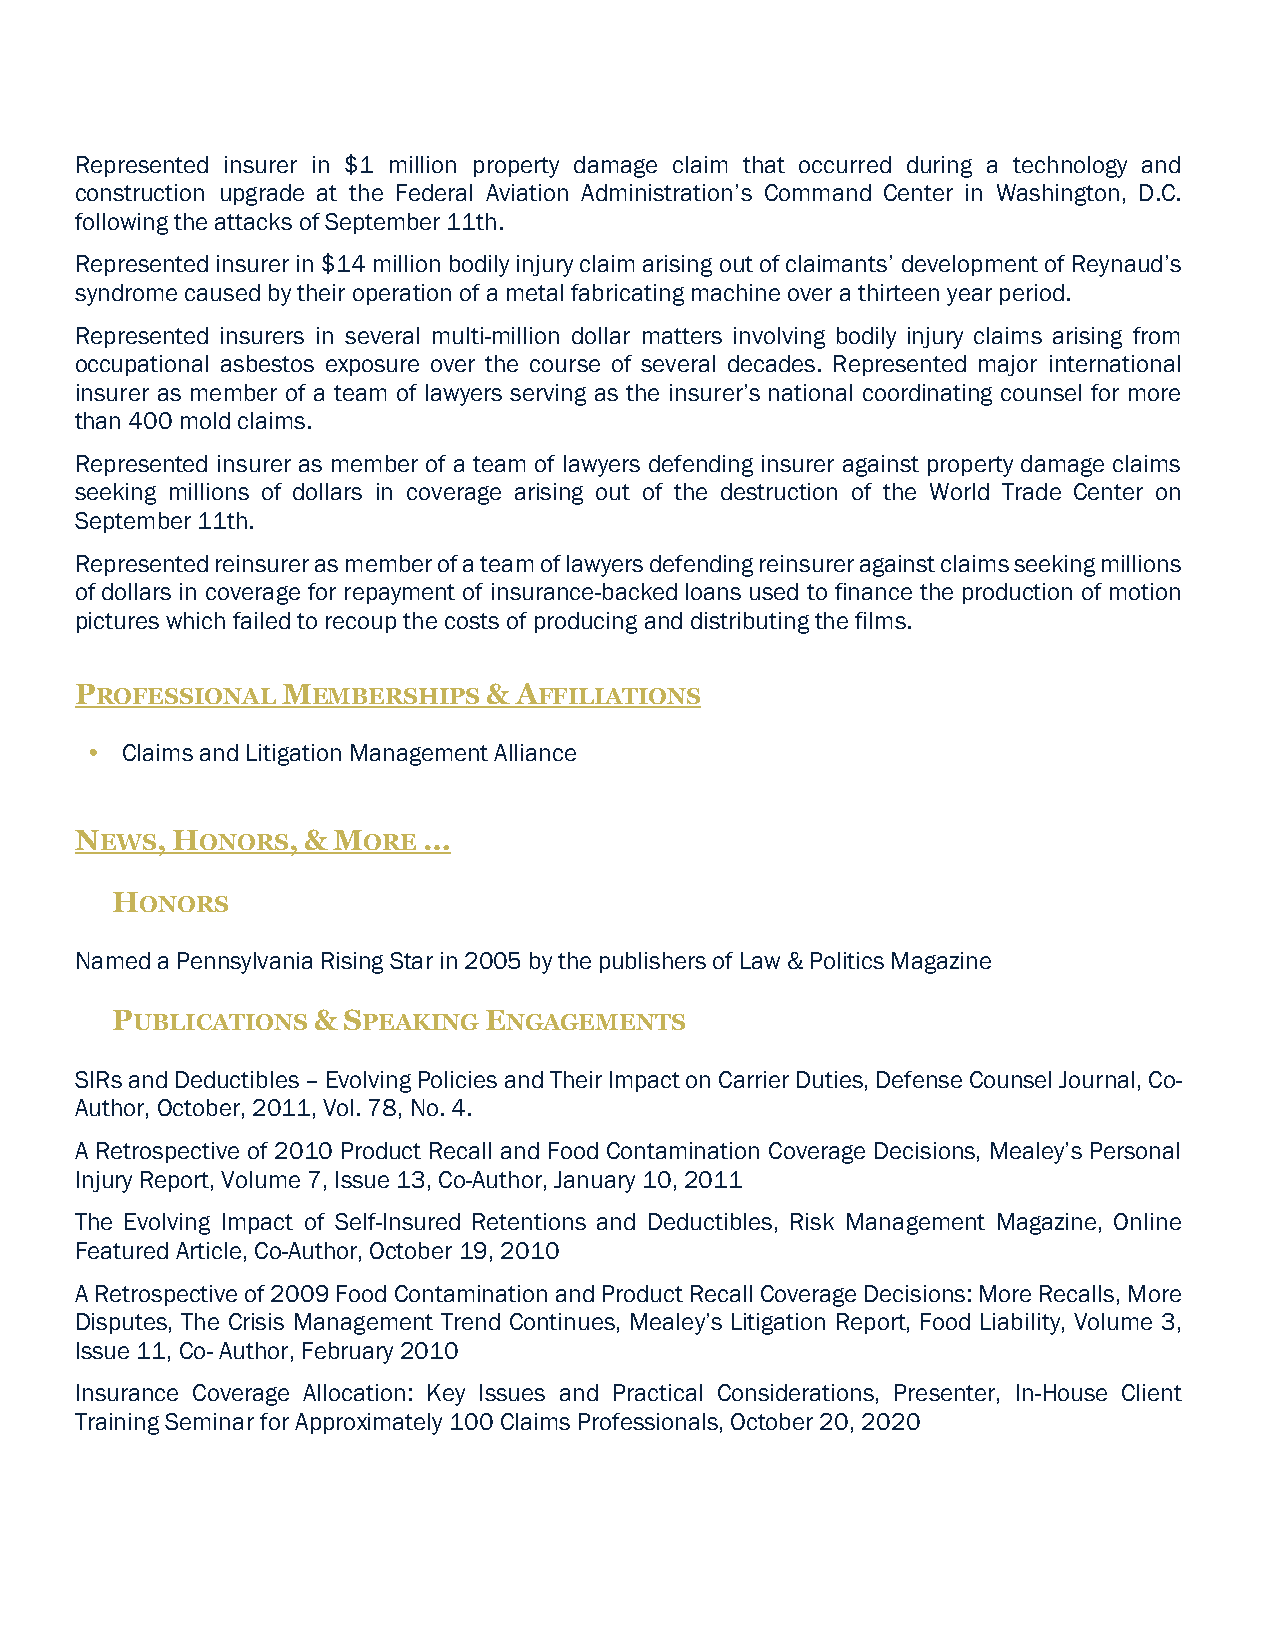
Represented insurer in $1 million property damage claim that occurred during a technology and
 construction upgrade at the Federal Aviation Administration’s Command Center in Washington, D.C.
 following the attacks of September 11th.
 Represented insurer in $14 million bodily injury claim arising out of claimants’ development of Reynaud’s
 syndrome caused by their operation of a metal fabricating machine over a thirteen year period.
 Represented insurers in several multi-million dollar matters involving bodily injury claims arising from
 occupational asbestos exposure over the course of several decades. Represented major international
 insurer as member of a team of lawyers serving as the insurer’s national coordinating counsel for more
 than 400 mold claims.
 Represented insurer as member of a team of lawyers defending insurer against property damage claims
 seeking millions of dollars in coverage arising out of the destruction of the World Trade Center on
 September 11th.
 Represented reinsurer as member of a team of lawyers defending reinsurer against claims seeking millions
 of dollars in coverage for repayment of insurance-backed loans used to finance the production of motion
 pictures which failed to recoup the costs of producing and distributing the films.
 PROFESSIONAL  MEMBERSHIPS  & AFFILIATIONS
 • Claims and Litigation Management Alliance
 NEWS, HONORS,  & MORE  …
 HONORS
 Named a Pennsylvania Rising Star in 2005 by the publishers of Law & Politics Magazine
 PUBLICATIONS  & SPEAKING ENGAGEMENTS
 SIRs and Deductibles – Evolving Policies and Their Impact on Carrier Duties, Defense Counsel Journal, Co-
 Author, October, 2011, Vol. 78, No. 4.
 A Retrospective of 2010 Product Recall and Food Contamination Coverage Decisions, Mealey’s Personal
 Injury Report, Volume 7, Issue 13, Co-Author, January 10, 2011
 The Evolving Impact of Self-Insured Retentions and Deductibles, Risk Management Magazine, Online
 Featured Article, Co-Author, October 19, 2010
 A Retrospective of 2009 Food Contamination and Product Recall Coverage Decisions: More Recalls, More
 Disputes, The Crisis Management Trend Continues, Mealey’s Litigation Report, Food Liability, Volume 3,
 Issue 11, Co- Author, February 2010
 Insurance Coverage Allocation: Key Issues and Practical Considerations, Presenter, In-House Client
 Training Seminar for Approximately 100 Claims Professionals, October 20, 2020